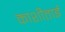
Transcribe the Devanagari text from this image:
काशीताई